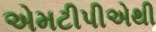
એમટીપીએથી